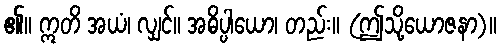
၏။ ဣတိ အယံ၊ လျှင်။ အဓိပ္ပါယော၊ တည်း။ (ဤသို့ယောဇနာ)။